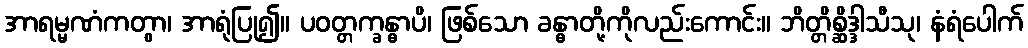
အာရမ္မဏံကတွာ၊ အာရုံပြု၍။ ပဝတ္တက္ခန္ဓာပိ၊ ဖြစ်သော ခန္ဓာတို့ကိုလည်းကောင်း။ ဘိတ္တိစ္ဆိဒ္ဒါသီသု၊ နံရံပေါက်